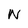
Character: W